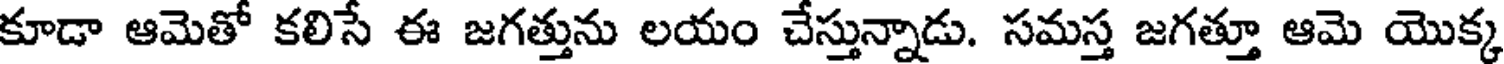
కూడా ఆమెతో కలిసే ఈ జగత్తును లయం చేస్తున్నాడు. సమస్త జగత్తూ ఆమె యొక్క